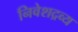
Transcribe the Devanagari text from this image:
निवेशद्रव्य